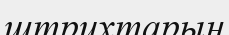
штрихтарын